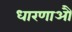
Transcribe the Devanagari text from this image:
धारणाऔ